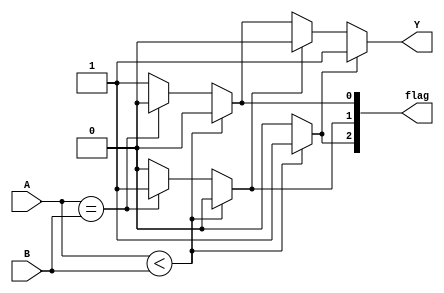
module comparator(
  input [3:0] A,
  input [3:0] B,
  output [2:0] flag,
  output Y
);

reg LT, EQ, GT;

assign flag = {LT, EQ, GT};
assign Y = LT ? 1'b1 : (EQ ? 1'b0 : GT);

always @(*) begin
  if (A < B) begin
    LT = 1'b1;
    EQ = 1'b0;
    GT = 1'b0;
  end else if (A == B) begin
    LT = 1'b0;
    EQ = 1'b1;
    GT = 1'b0;
  end else begin
    LT = 1'b0;
    EQ = 1'b0;
    GT = 1'b1;
  end
end

endmodule